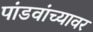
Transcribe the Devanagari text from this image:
पांडवांच्यावर